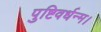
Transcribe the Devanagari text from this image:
पुष्टिवर्धन्म।